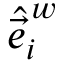
\hat { \vec { e } } _ { i } ^ { \, w }